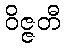
ဝိဇ္ဇတီ